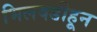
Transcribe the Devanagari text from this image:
भिलवडीहून